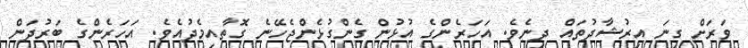
ވަރަށް ގިނަ އިރުޝާދުތައް ދިނެވެ. އަހަރެންގެ އުޅުން ގެންގުޅެންޖެހޭނެ ގޮތާއިމެދުއެވެ. އަހަރެންގެ ބަރުދަން